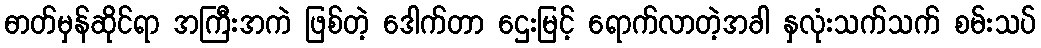
ဓာတ်မှန်ဆိုင်ရာ အကြီးအကဲ ဖြစ်တဲ့ ဒေါက်တာ ဌေးမြင့် ရောက်လာတဲ့အခါ နှလုံးသက်သက် စမ်းသပ်